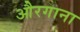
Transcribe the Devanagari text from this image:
औरगाना